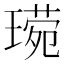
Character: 𬎈